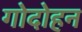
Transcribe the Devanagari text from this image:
गोदोहन